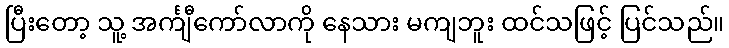
ပြီးတော့ သူ့ အင်္ကျီကော်လာကို နေသား မကျဘူး ထင်သဖြင့် ပြင်သည်။